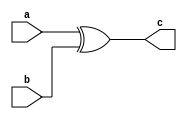
`timescale 1ns / 10ps

module xor1bit(c,a,b);
    input a,b;
    output c;
    xor x1(c,a,b);
endmodule